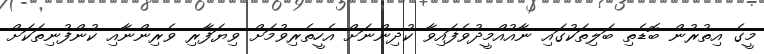
މީގެ އިތުރުން ބޮޑެތި ބަލިތަކުގައި ނާއުއްމީދުވެފައިވާ ކުދިންނަށް އެހީތެރިވުމަށް ވިޔަފާރި ވެރިންނާއި ކުންފުނިތަކަށް